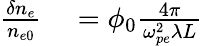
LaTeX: \begin{array}{rl}{\frac{\delta n_{e}}{n_{e0}}}&{{}=\phi_{0}\frac{4\pi}{\omega_{pe}^{2}\lambda L}}\end{array}